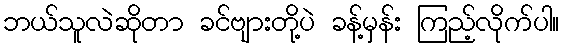
ဘယ်သူလဲဆိုတာ ခင်ဗျားတို့ပဲ ခန့်မှန်း ကြည့်လိုက်ပါ။